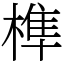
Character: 榫